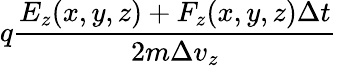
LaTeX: q\frac{E_{z}(x,y,z)+F_{z}(x,y,z)\Delta t}{2m\Delta v_{z}}